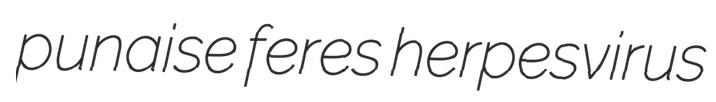
punaise feres herpesvirus